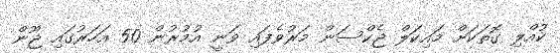
ކުއްލި ގޮތަކަށް މައިކަލް ޖެކްސަން މަރުވެފައި ވަނީ އުމުރުން 50 އަހަރުގައި ޖޫން